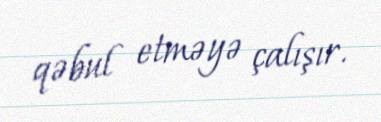
qəbul etməyə çalışır.